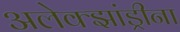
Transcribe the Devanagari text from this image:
अलेक्झांड्रीना